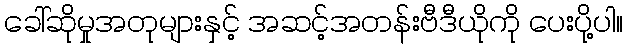
ခေါ်ဆိုမှုအတုများနှင့် အဆင့်အတန်းဗီဒီယိုကို ပေးပို့ပါ။